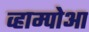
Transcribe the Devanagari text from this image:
व्हाम्पोआ